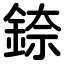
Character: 錼